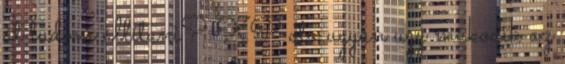
át tudom állítani? XP ota ugyan ugy mukodik az